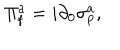
\Pi _ { \mathrm { f } } ^ { a } = i \partial _ { 0 } \sigma _ { \mathrm { p } } ^ { a } ,